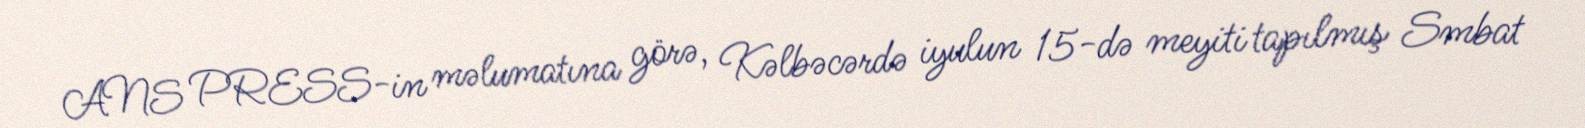
ANS PRESS-in məlumatına görə, Kəlbəcərdə iyulun 15-də meyiti tapılmış Smbat